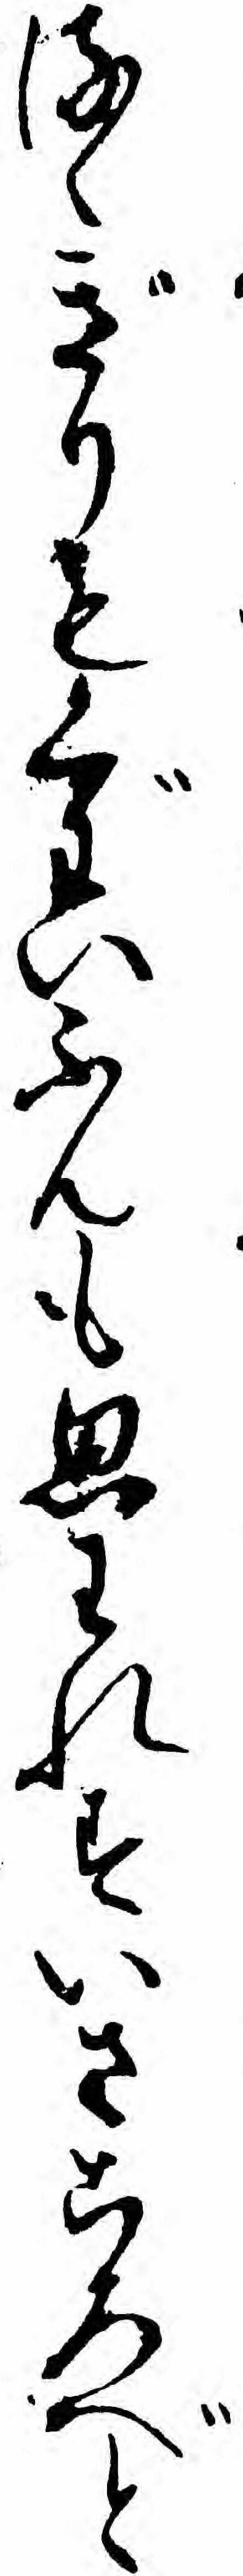
るゝぎりもぐわいふんも思われすいさころべと